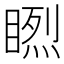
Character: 𥉬